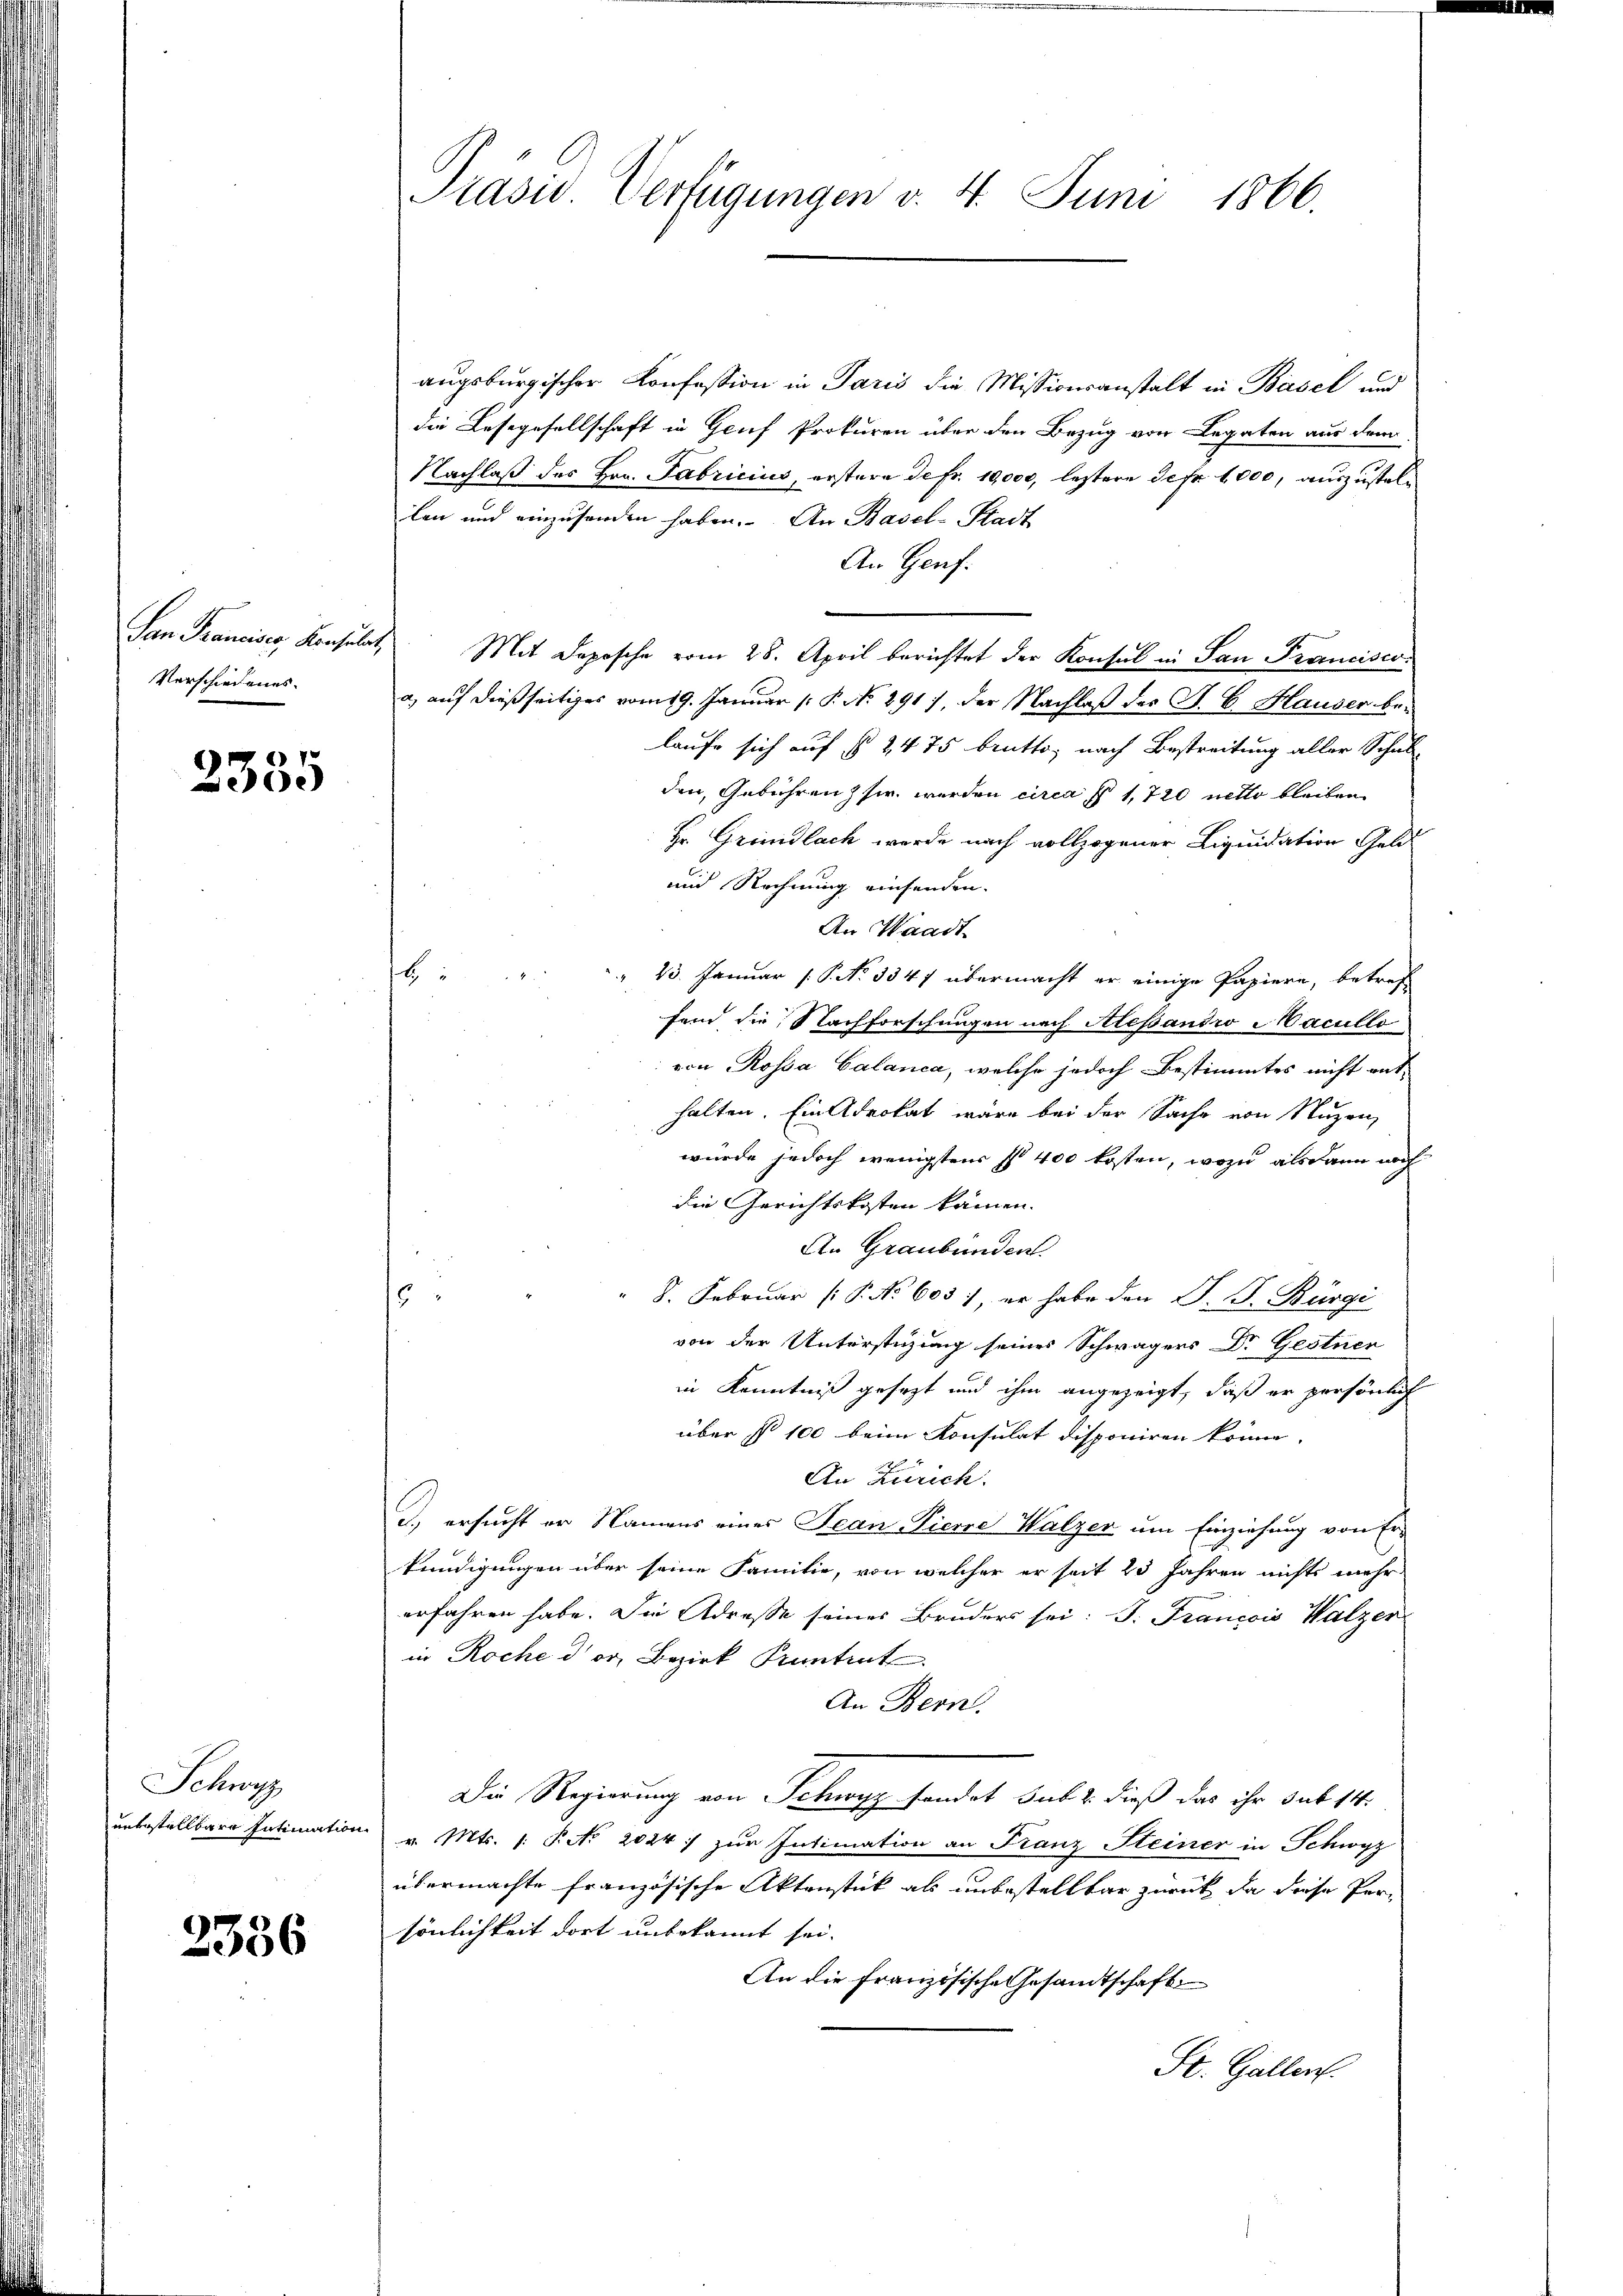
Verschiedenes.

2335

Schwyz
unbestellbare Intimation

2336

augsburgischer Konfession in Paris die Missionsanstalt in Basel und
die Lesegesellschaft in Genf Prokuren über den Bezug von Legaten aus dem
Nachlaß des Hrn. Fabricius, erstere de fr. 19,000, letztere Defr. 1 000, auszustellen und einzusenden haben. An Basel-Stadt
An Genf.
San Francisco, Konsulat, Mit Deposche vom 28. April berichtet der Konsul in San Franciscoa) auf dießseitiges vom 19. Januar (: P. No. 291), der Nachlaß der J. C. Hauser belaufe sich auf § 2475 brutto, nach Bestreitung aller Schul-
den, Gebühren sie werden circa § 1720 netto bleiben
Hr. Grundlach werde nach vollzogener Liquidation Geld
und Rechnung einsenden.
An Waadt.
H
23. Januar (S. No 3347 übermacht er einige Papiere, betref
fend die Nachforschungen nach Alessandro acullo
von Rossa Calanca, welche jedoch Bestimmtes nicht ent
halten. Ein Advokat wäre bei der Sache von Nuzen,
würde jedoch wenigstens ist 400 kosten, wozu alsdann noch
die Gerichtskosten kamen.
An Graubünden.
8. Februar (P. No 605), er habe den J. J. Bürgi
6
von der Unterstüzung seines Schwägers Dr. Gestnen
in Kenntniß gesezt und ihm angezeigt, daß er persönlich
über § 100 beim Konsulat disponiren könne.
An Zürich.
d.) ersucht er Namens eines Jean Pierre Walzen um Einziehung von Er-
kündigungen über seine Familie, von welcher er seit 23 Jahren nichts mehr
erfahren habe. Die Adresse seines Bruders sei: P. Francois Walzer
in Roche der Bezirk Pruntrut
An Bern.
Die Regierung von Schwyz handet sub 2. dieß das ihr sub 14.
v. Mts. 1. P. Nr. 2024) zŭr Intimation an Franz Steiner in Schwyz
übermachte französische Aktenstück als unbestellbar zurück, da diese Persönlichkeit dort unbekannt sei.
An die französische Gesandtschaft
St. Gallen.

Präsid. Verfügungen v. 4. Juni 1866.